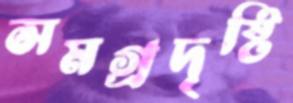
সমগ্রদৃষ্টি